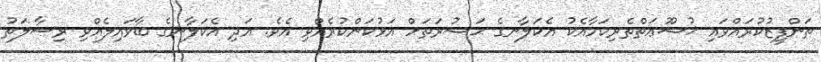
ތަންފީޒުކުރައްވައި ޚުޟޫޢަތްތެރިކަމާއެކު އެކަލާނގެ ޙަޟުރަތަށް އަޅުކަންކުރެއްވި އެވެ. އަދި އެކަލާނގެ ބާވައިލެއްވި ރިސާލަތު